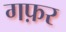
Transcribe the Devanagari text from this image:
गफ़र